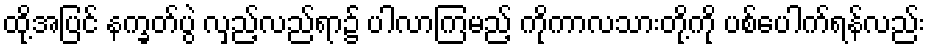
ထို့အပြင် နက္ခတ်ပွဲ လှည့်လည်ရာ၌ ပါလာကြမည့် ကိုကာလသားတို့ကို ပစ်ပေါက်ရန်လည်း